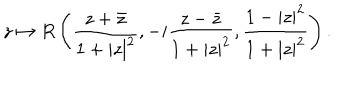
LaTeX: z \mapsto R \left( \frac { z + \bar { z } } { 1 + | z | ^ { 2 } } , - i \frac { z - \bar { z } } { 1 + | z | ^ { 2 } } , \frac { 1 - | z | ^ { 2 } } { 1 + | z | ^ { 2 } } \right) .